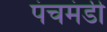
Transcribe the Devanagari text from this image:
पंचमंडी